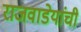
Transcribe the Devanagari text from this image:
राजवाडेयांची